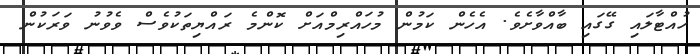
ހުއްޓާލައި ގޭގައި ބާާއްވާށެވެ. އެެހެން ކަމުން މުހައްރިމްއަށް ކޮންމެ ރައްޔިތަކުވެސް ވެވުނު ވަރަކުން